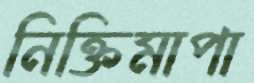
নিক্তিমাপা